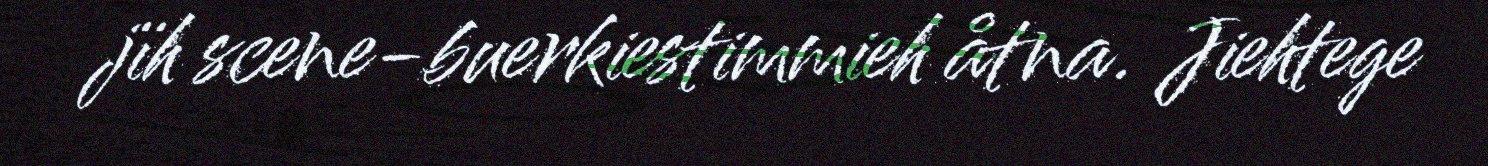
jïh scene-buerkiestimmieh åtna. Jiehtege